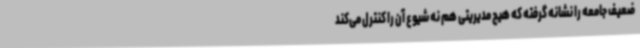
ضعیف جامعه را نشانه گرفته که هیچ مدیریتی هم نه شیوع آن را کنترل می‌کند